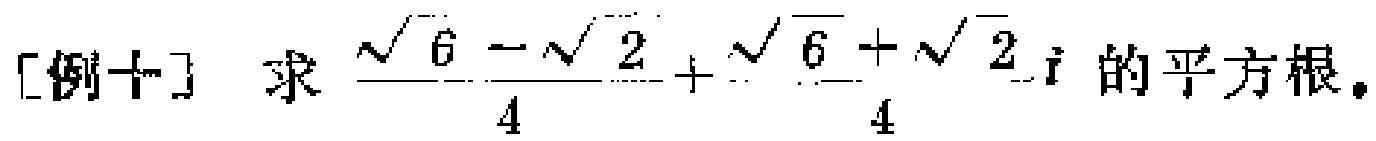
[例十] 求$\frac{\sqrt{6}-\sqrt{2}}{4}+\frac{\sqrt{6}+\sqrt{2}}{4}i$的平方根。